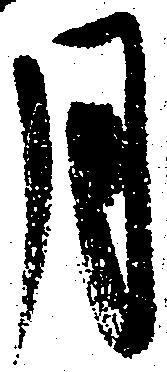
月